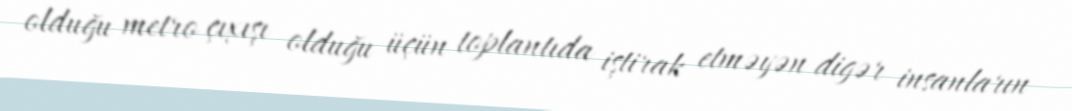
olduğu metro çıxışı olduğu üçün toplantıda iştirak etməyən digər insanların